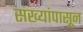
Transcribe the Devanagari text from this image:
संख्यांपासून